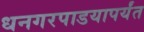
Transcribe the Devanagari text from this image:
धनगरपाडयापर्यंत